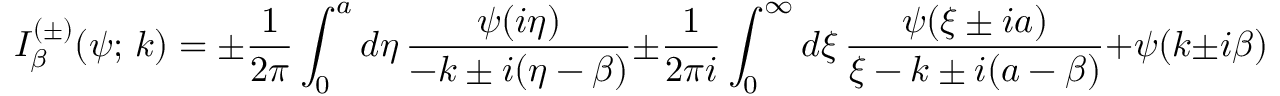
I _ { \beta } ^ { ( \pm ) } ( \psi ; \, k ) = \pm \frac { 1 } { 2 \pi } \int _ { 0 } ^ { a } d \eta \, \frac { \psi ( i \eta ) } { - k \pm i ( \eta - \beta ) } \pm \frac { 1 } { 2 \pi i } \int _ { 0 } ^ { \infty } d \xi \, \frac { \psi ( \xi \pm i a ) } { \xi - k \pm i ( a - \beta ) } + \psi ( k \pm i \beta ) .